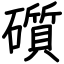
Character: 礩